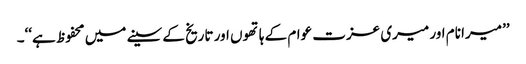
’’میرا نام اور میری عزت عوام کے ہاتھوں اور تاریخ کے سینے میں محفوظ ہے‘‘۔